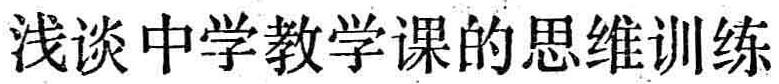
浅谈中学教学课的思维训练